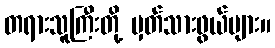
တရားသူကြီးတို့ မှတ်သားဖွယ်များ။